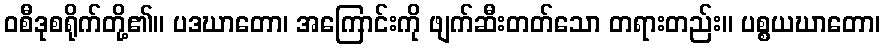
ဝစီဒုစရိုက်တို့၏။ ပဒဃာတော၊ အကြောင်းကို ဖျက်ဆီးတတ်သော တရားတည်း။ ပစ္စယဃာတော၊